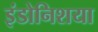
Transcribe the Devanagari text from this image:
इंडोनिशया